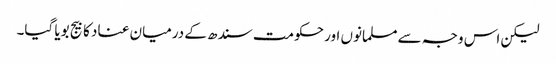
لیکن اس وجہ سے مسلمانوں اور حکومت سندھ کے درمیان عناد کا بیج بویا گیا۔